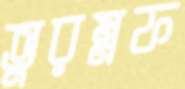
তুরম্নফ